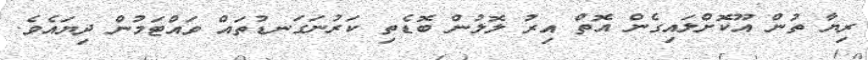
ރިޔާ ތުން އޫކޮށްލައިގެން އޮތް އިރު ލޮލުން ބޮޑެތި ކަރުނަގަނޑުތައް ވައްޓަމުން ދިޔައެވެ.